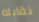
نقابله